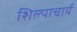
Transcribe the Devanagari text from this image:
शिल्पाचार्य